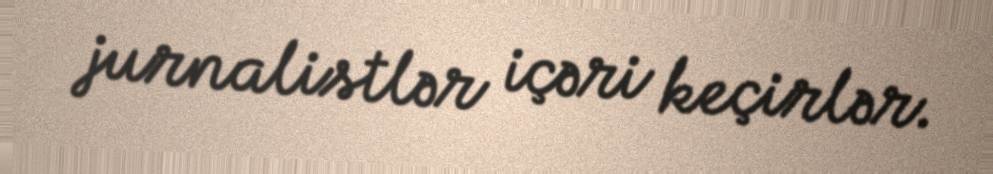
jurnalistlər içəri keçirlər.